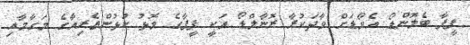
ފީފާ ބެލޮންޑޯ އެވޯޑަށް ވާދަކުރާ ރޮނާލްޑޯ އަކީ ފީފާގެ މޮޅު ކުޅުންތެރިއާގެ މަގާމާއި